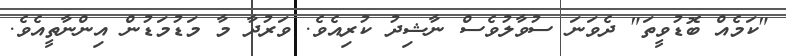
"ކަމެއް ބޮޑުވީތަ" ދެވަނަ ސުވާލުވެސް ނާޝިދު ކުރިއެވެ. ވަރުދާ މާ މަޑުމަޑުން އިންނާތީއެވެ.